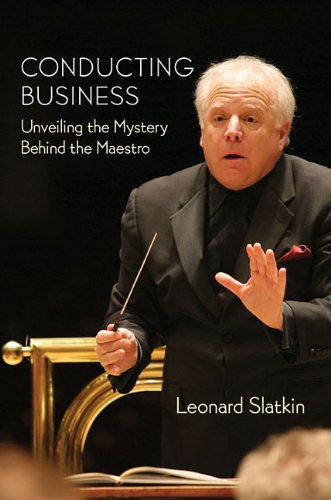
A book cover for Conducting Business: Unveiling the Mystery Behind the Maestro; Leonard Slatkin; Biographies & Memoirs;